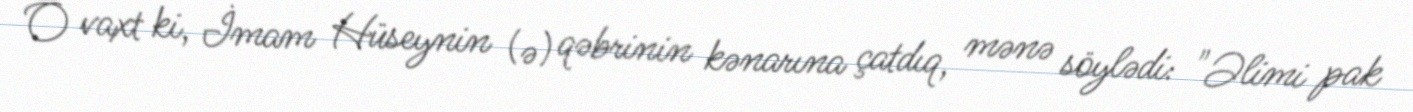
O vaxt ki, İmam Hüseynin (ə) qəbrinin kənarına çatdıq, mənə söylədi: "Əlimi pak